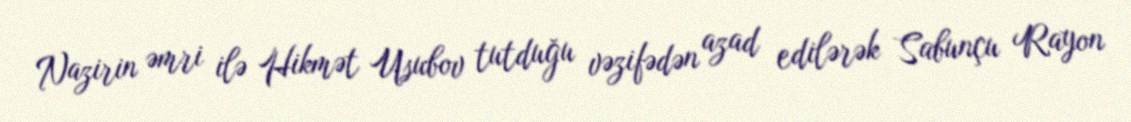
Nazirin əmri ilə Hikmət Usubov tutduğu vəzifədən azad edilərək Sabunçu Rayon